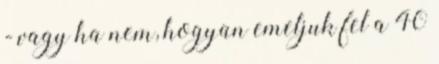
- vagy ha nem, hogyan emeljuk fel a 40